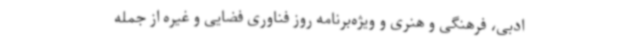
ادبی، فرهنگی و هنری و ویژه‌برنامه روز فناوری فضایی و غیره از جمله